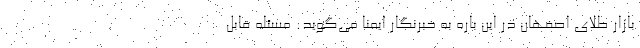
بازار طلای اصفهان در این باره به خبرنگار ایمنا می‌گوید: مسئله قابل